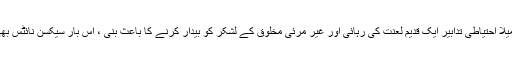
ڈویژن کی میلا احتیاطی تدابیر ایک قدیم لعنت کی رہائی اور غیر مرئی مخلوق کے لشکر کو بیدار کرنے کا باعث بنی ، اس بار سیکسن نائٹس بھی شامل ہیں۔